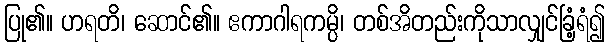
ပြု၏။ ဟရတိ၊ ဆောင်၏။ ဧကာဂါရကမ္ပိ၊ တစ်အိတည်းကိုသာလျှင်ခြံ့ရံ၍